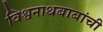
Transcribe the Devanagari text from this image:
विश्वनाथबाबांची